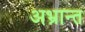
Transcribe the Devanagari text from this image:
अभ्रान्त